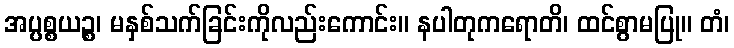
အပ္ပစ္စယဉ္စ၊ မနှစ်သက်ခြင်းကိုလည်းကောင်း။ နပါတုကရောတိ၊ ထင်စွာမပြု။ တံ၊